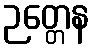
ဉတ္တေန